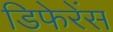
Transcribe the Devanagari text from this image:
डिफेरेंस